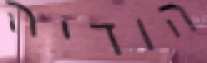
הודיה